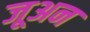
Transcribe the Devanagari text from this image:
जूअन